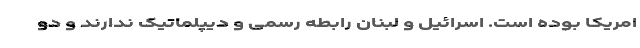
امریکا بوده است. اسرائیل و لبنان رابطه رسمی و دیپلماتیک ندارند و دو